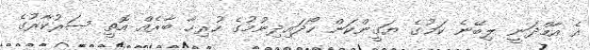
އެ އާމްދަނީ ލިބޭނެ ކަމުގެ ޔަގީންކަން ހޯދައިދިނުމުގެ ހުރިހާ ބާރެއް އޮތީ ސަރުކާރުގެ